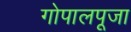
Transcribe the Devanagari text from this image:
गोपालपूजा